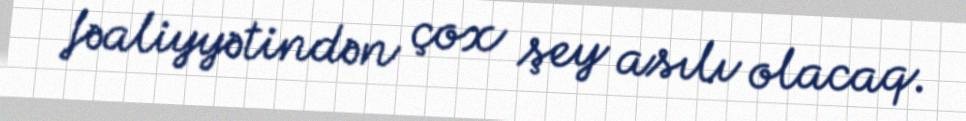
fəaliyyətindən çox şey asılı olacaq.